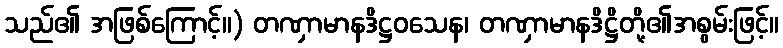
သည်၏ အဖြစ်ကြောင့်။) တဏှာမာနဒိဋ္ဌဝသေန၊ တဏှာမာနဒိဋ္ဌိတို့၏အစွမ်းဖြင့်။